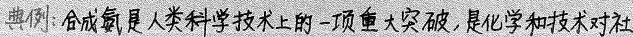
##典例：合成氨是人类科学技术上的一项重大突破，是化学和技术对社##